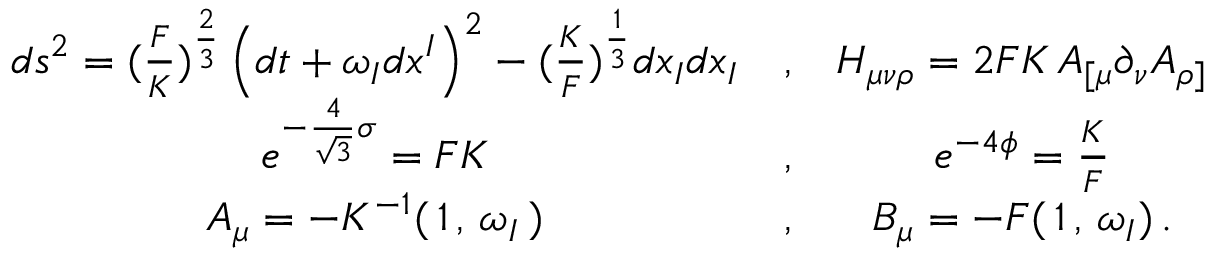
\begin{array} { c c c } { { d s ^ { 2 } = ( \frac { F } { K } ) ^ { \frac { 2 } { 3 } } \left( d t + \omega _ { I } d x ^ { I } \right) ^ { 2 } - ( \frac { K } { F } ) ^ { \frac { 1 } { 3 } } d x _ { I } d x _ { I } } } & { { , } } & { { H _ { \mu \nu \rho } = 2 F K \, A _ { [ \mu } \partial _ { \nu } A _ { \rho ] } } } \\ { { e ^ { - \frac { 4 } { \sqrt { 3 } } \sigma } = F K } } & { { , } } & { { e ^ { - 4 \phi } = \frac { K } { F } } } \\ { { A _ { \mu } = - K ^ { - 1 } ( \, 1 \, , \, \omega _ { I } \, ) } } & { { , } } & { { B _ { \mu } = - F ( \, 1 \, , \, \omega _ { I } ) \, . } } \end{array}